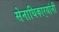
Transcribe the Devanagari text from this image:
सेनाधिकार्‍यांनी